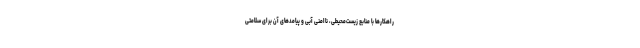
راهکارها با منابع زیست‌محیطی، ناامنیِ آبی و پیامدهای آن برای سلامتی